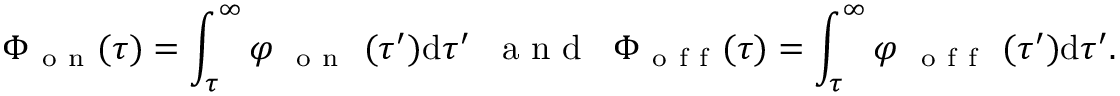
\Phi _ { \mathrm { ~ o ~ n ~ } } ( \tau ) = \int _ { \tau } ^ { \infty } \varphi _ { \mathrm { ~ \mathrm { ~ o ~ n ~ } ~ } } ( \tau ^ { \prime } ) \mathrm { d } \tau ^ { \prime } \; \; \mathrm { ~ a ~ n ~ d ~ } \; \; \Phi _ { \mathrm { ~ o ~ f ~ f ~ } } ( \tau ) = \int _ { \tau } ^ { \infty } \varphi _ { \mathrm { ~ \mathrm { ~ o ~ f ~ f ~ } ~ } } ( \tau ^ { \prime } ) \mathrm { d } \tau ^ { \prime } .